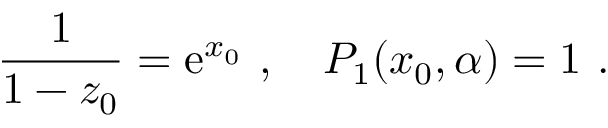
{ \frac { 1 } { 1 - z _ { 0 } } } = \mathrm { e } ^ { x _ { 0 } } \ , \ \ \ P _ { 1 } ( x _ { 0 } , \alpha ) = 1 \ .